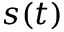
s ( t )